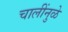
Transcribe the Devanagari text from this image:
चालींनुळे